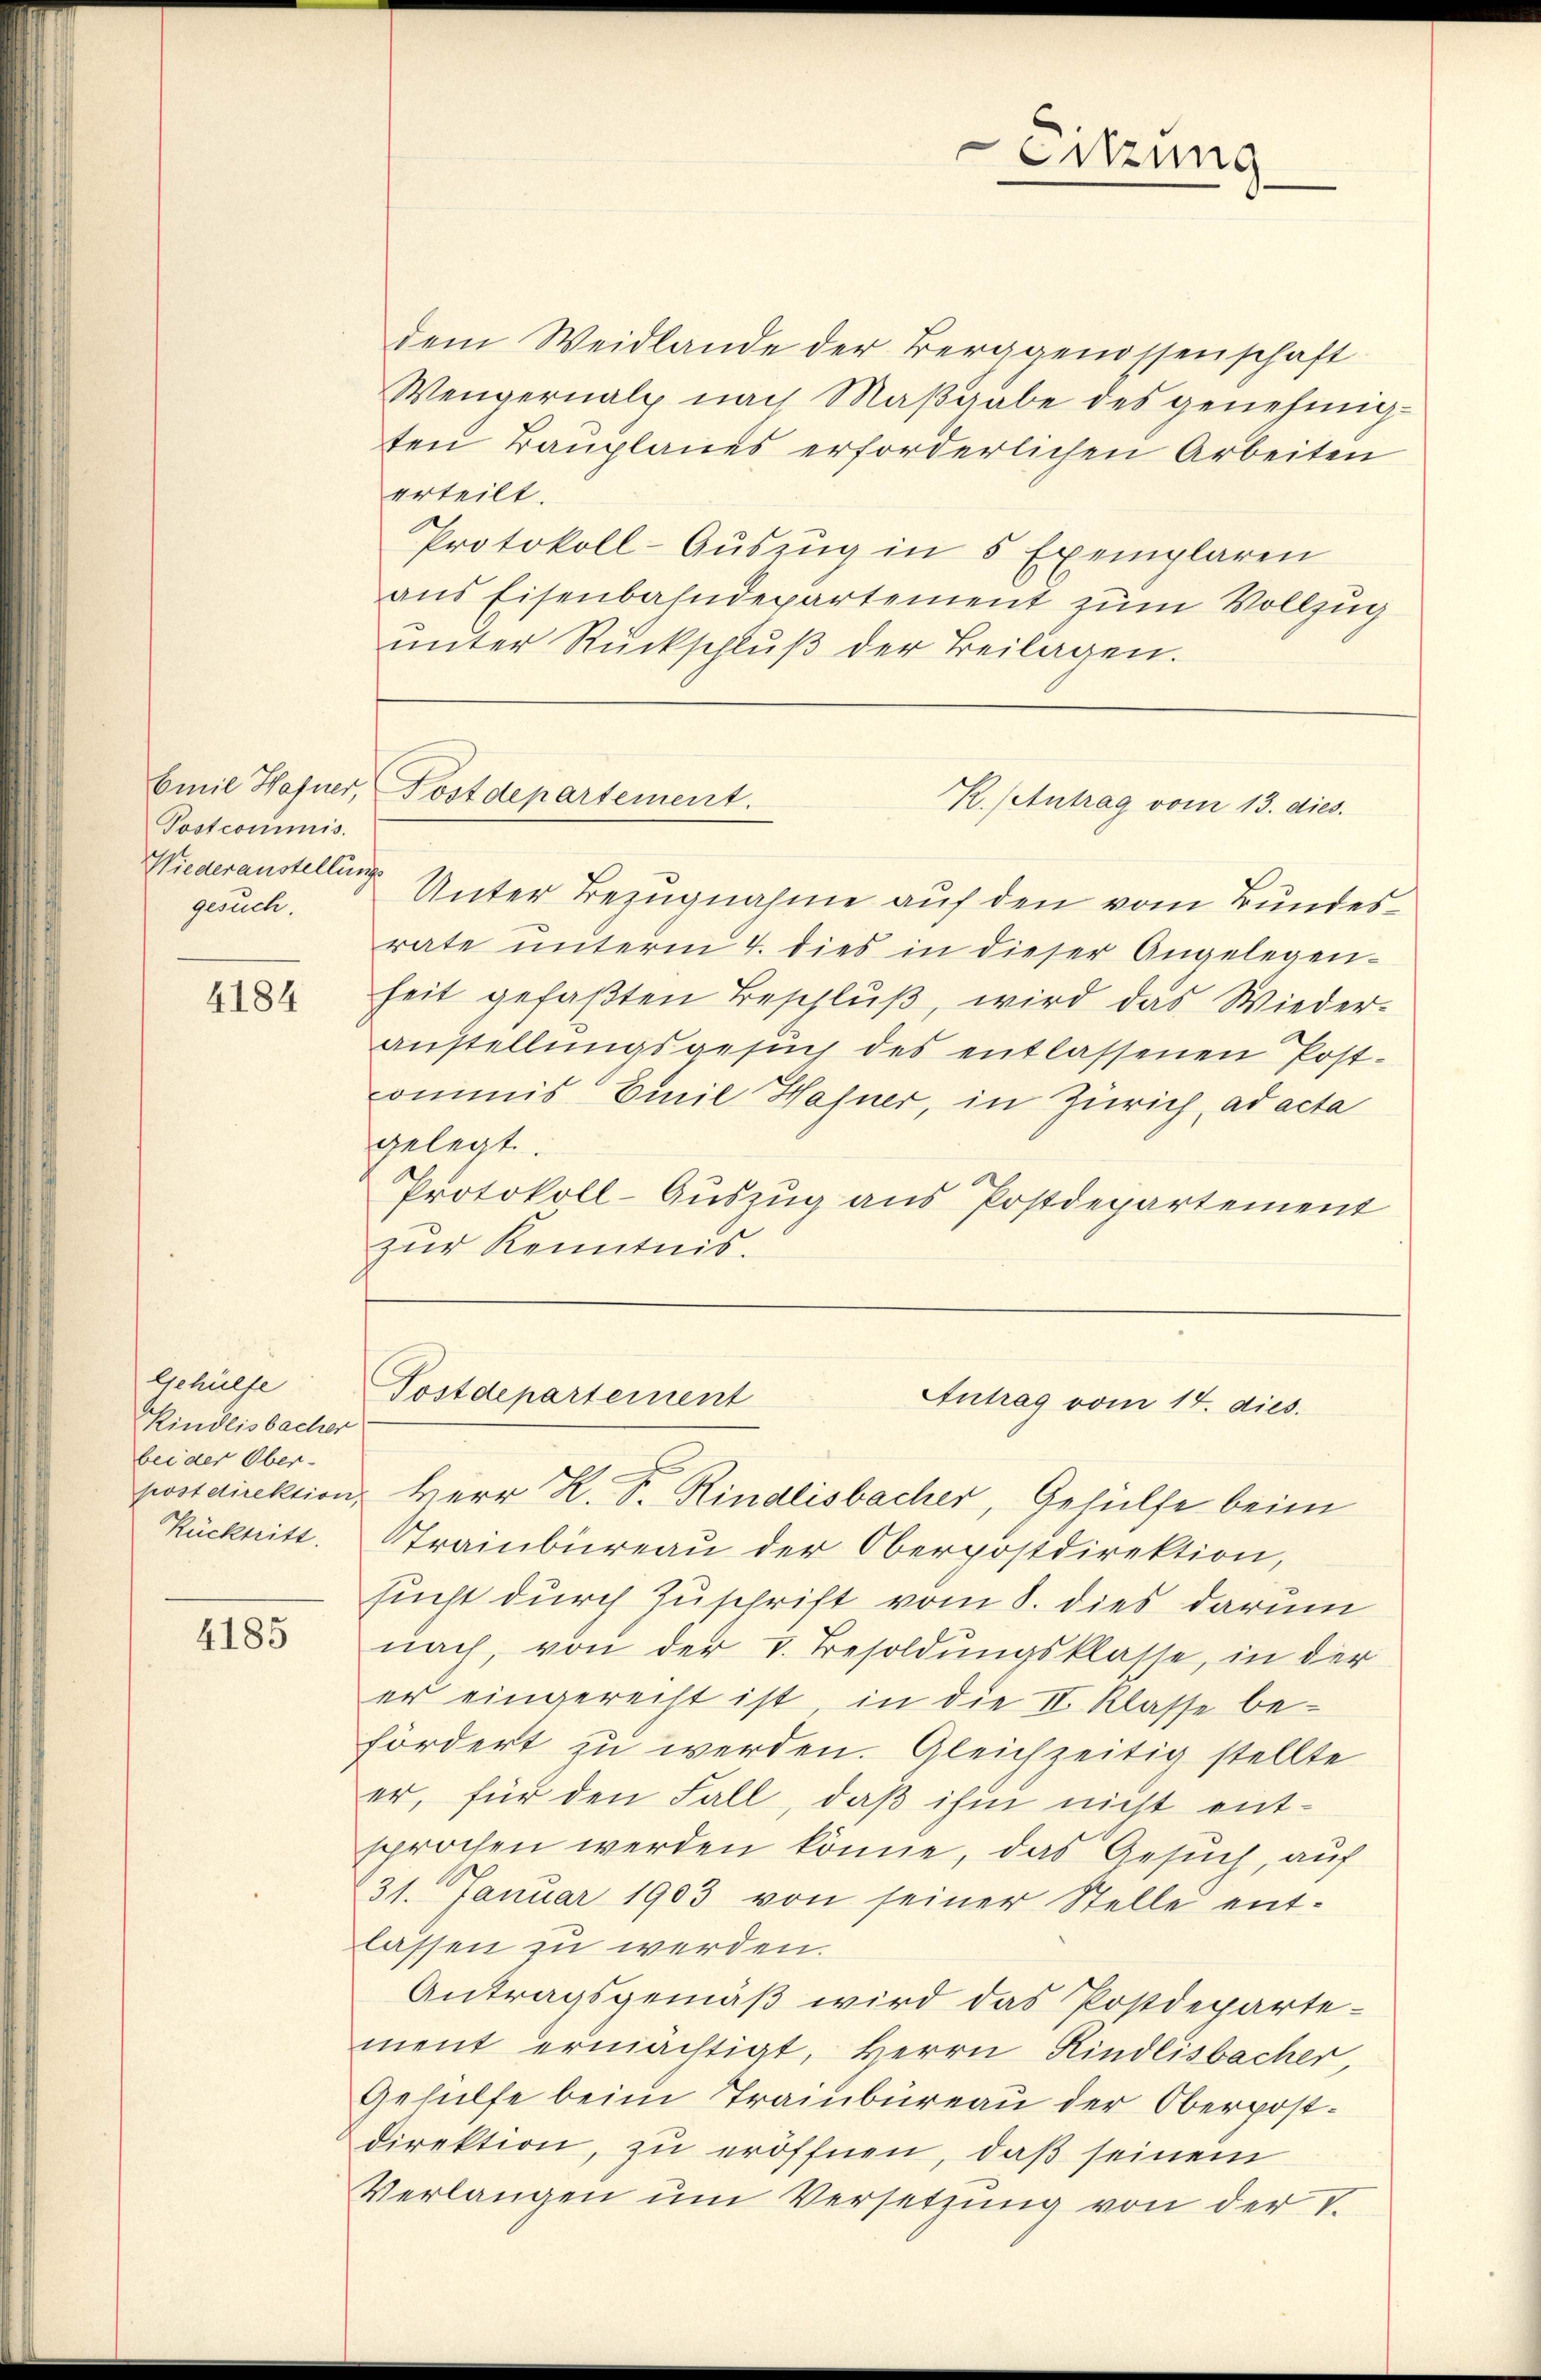
Emil Hafner,
Postcommis
Wiederanstellungs
gesuch.

4184

Gehülfe
Kindlisbacher
bei der Ober-
Rücktritt.

4185

dem Weidlande der Berggenossenschaft
Wengernalp nach Maßgabe des genehmigten Bauplanes erforderlichen Arbeiten
erteilt.
Protokoll-Auszug in 5 Exemplaren
ans Eisenbahndepartement zum Vollzug
ŭnter Rückschlŭβ der Beilagen.

Postdepartement.

Sitzung

Unter Bezugnahme auf den vom Bundesrate unterm 4. dies in dieser Angelegen-
heit gefaβten Beschlŭβ wird das Wieder-
anstellungsgesuch des entlassenen Post-
commis Emil Hafner, in Zürich, ad acta
gelegt.
Protokoll-Auszug aus Postdepartement
zur Kenntnis.

K. Antrag vom 13. dies.

Tostdepartement
Antrag vom 14. dies.

postdirektion, Herr K. P. Rindlisbacher, Gehülfe beim
Trainbüreau der Oberpostdirektion,
sucht durch Zuschrift vom 8. dies darum
nach, von der V. Besoldungsklasse, in der
er eingerecht ist, in die II. Klasse befördert zu werden. Gleichzeitig stellte
er, für den Fall, daß ihm nicht entsprochen werden könne, das Gesuch, auf
31. Januar 1903 von seiner Stelle ent-
lassen zu werden.
Antragsgemäß wird das Postdepartement ermächtigt, Herrn Rindlisbacher,
Gehülfe beim Trainbüreau der Oberpostdirektion, zu eröffnen, daß seinem
Verlangen um Versetzung von der V.